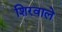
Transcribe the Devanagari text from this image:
शिरवाले